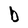
Character: b